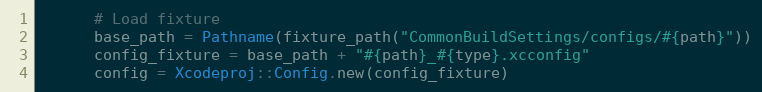
Language: Ruby
      # Load fixture
      base_path = Pathname(fixture_path("CommonBuildSettings/configs/#{path}"))
      config_fixture = base_path + "#{path}_#{type}.xcconfig"
      config = Xcodeproj::Config.new(config_fixture)